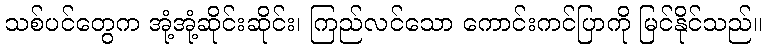
သစ်ပင်တွေက အုံ့အုံ့ဆိုင်းဆိုင်း၊ ကြည်လင်သော ကောင်းကင်ပြာကို မြင်နိုင်သည်။